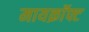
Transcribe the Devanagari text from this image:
मायक्राॅफ्ट